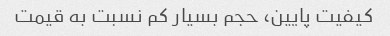
کیفیت پایین، حجم بسیار کم نسبت به قیمت